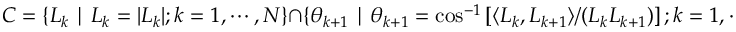
C = \{ L _ { k } \mid L _ { k } = | \boldsymbol { L } _ { k } | ; k = 1 , \cdots , N \} \cap \{ \theta _ { k + 1 } \mid \theta _ { k + 1 } = \cos ^ { - 1 } \left[ \langle \boldsymbol { L } _ { k } , \boldsymbol { L } _ { k + 1 } \rangle / ( L _ { k } L _ { k + 1 } ) \right] ; k = 1 , \cdots , N - 1 \}